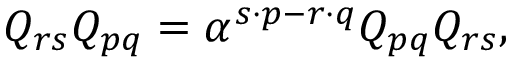
Q _ { r s } Q _ { p q } = \alpha ^ { s \cdot p - r \cdot q } Q _ { p q } Q _ { r s } ,